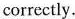
correctly.